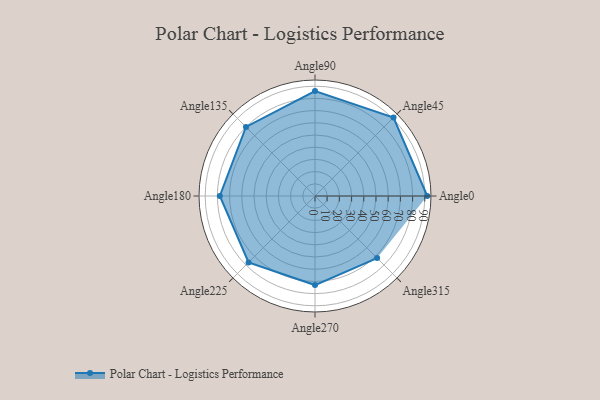
{"axis": {"x": "Angle", "y": "Radius"}, "legend": [""], "data": [{"x": "Angle0", "y": 92.0, "type": ""}, {"x": "Angle45", "y": 91.0, "type": ""}, {"x": "Angle90", "y": 86.0, "type": ""}, {"x": "Angle135", "y": 80.0, "type": ""}, {"x": "Angle180", "y": 78.0, "type": ""}, {"x": "Angle225", "y": 77.0, "type": ""}, {"x": "Angle270", "y": 73.0, "type": ""}, {"x": "Angle315", "y": 72.0, "type": ""}]}